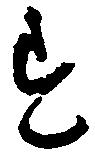
す